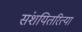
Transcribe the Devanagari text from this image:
संशयितरित्या